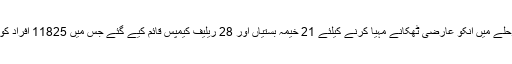
دوسرے مرحلے میں انکو عارضی ٹھکانے مہیا کرنے کیلئے 21 خیمہ بستیاں اور 28 ریلیف کیمپس قائم کیے گئے جس میں 11825 افراد کو ٹھہرایا گیا۔